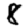
Digit: 8